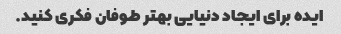
ایده برای ایجاد دنیایی بهتر طوفان فکری کنید.